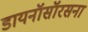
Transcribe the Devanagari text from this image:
डायनॉसॉरसना